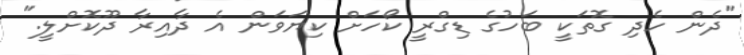
"ދެން ހެދި ގޮތަކީ ބަހުގެ ޑިގްރީ ކޯހަށް ކިޔަވަން އެ ދާއިރާ ދޫކޮށްލީ."